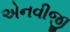
એનવીજી